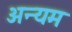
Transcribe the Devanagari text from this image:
अन्यम